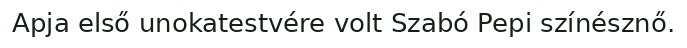
Apja első unokatestvére volt Szabó Pepi színésznő.